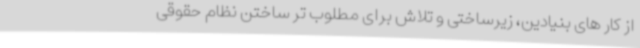
از کار های بنیادین، زیرساختی و تلاش برای مطلوب تر ساختن نظام حقوقی